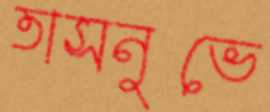
তাসনুভে